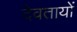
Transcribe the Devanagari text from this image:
देवतायों